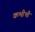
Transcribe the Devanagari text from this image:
कभीभी